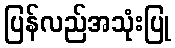
ပြန်လည်အသုံးပြု